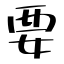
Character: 要